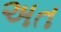
અત